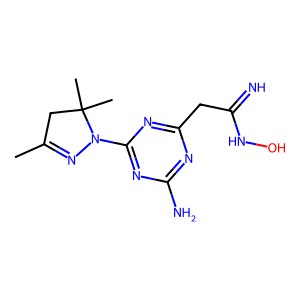
SMILES: CC1=NN(c2nc(N)nc(CC(=N)NO)n2)C(C)(C)C1
Inhibits HIV replication: No